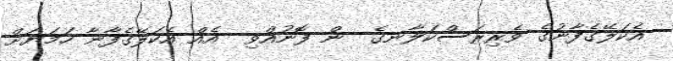
އެކަލޭގެފާނުގެ ވެރިރަސްކަލާނގެ  ން ފޮނުއްވި  އެއް އެކަލޭގެފާނާ ހަމަޔަށް